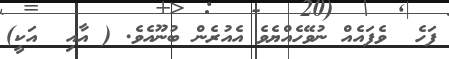
ފަހެ  ވެފައެއް ނުވޭހެއްޔެވެ އެއުރެން ބުނޫއެވެ. ( އާއި  އަކީ)